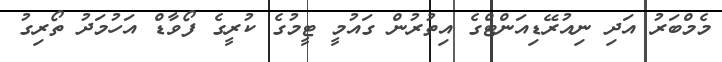
މެމްބަރު އަދި ނިއުރޭޑިއަންޓްގެ އިތުރުން ގައުމީ ޓީމުގެ ކުރީގެ ފޯވާޑް އަހުމަދު ތޯރިގު